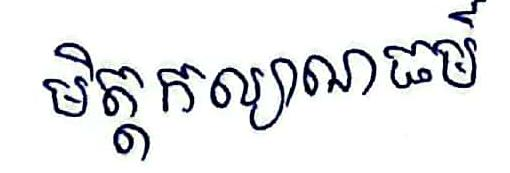
មិត្តកល្យាណធម៍